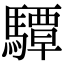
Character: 驔